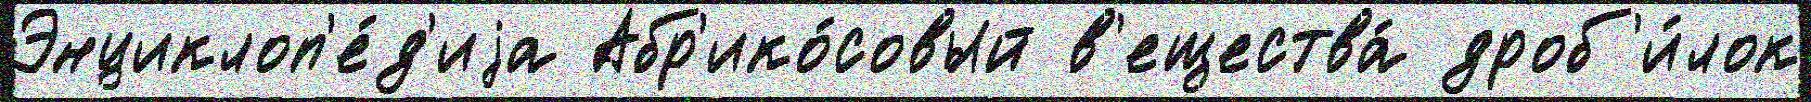
Энциклоп'е́д'иjа Абр'ико́совый в'ещества́ дроб'и́лок